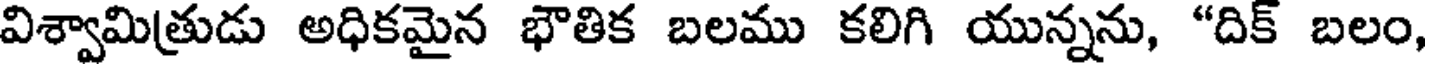
విశ్వామిత్రుడు అధికమైన భౌతిక బలము కలిగి యున్నను, "దిక్ బలం,